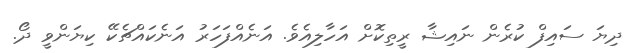
ދިޔަ ސައިފް ކުރެން ނައިޝާ ރީތިކޮށް އަހާލިއެވެ. އަނެއްފަހަރު އަނެކައްޗެކޭ ކިޔަންވީ ދޯ.